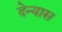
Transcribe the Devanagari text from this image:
देन्यास